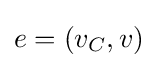
e=(v_{C},v)